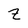
Character: Z